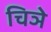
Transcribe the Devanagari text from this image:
चिञे